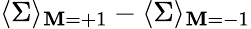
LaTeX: \langle\Sigma\rangle_{\mathbf{M}=+1}-\langle\Sigma\rangle_{\mathbf{M}=-1}